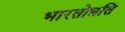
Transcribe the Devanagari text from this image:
भारतोन्नति